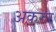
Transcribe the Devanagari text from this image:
अकरुर